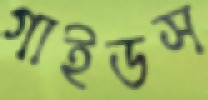
গাইডস